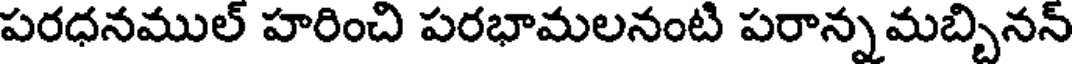
పరధనముల్ హరించి పరభామలనంటి పరాన్నమబ్బినన్